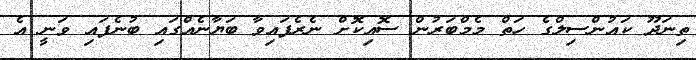
ތިނަދޫ ކައުންސިލްގެ ހަތް މެމްބަރުން ސޮއިކޮށް ނެރެފައިވާ ބަޔާނެއްގައި ބުނެފައި ވަނީ އެ